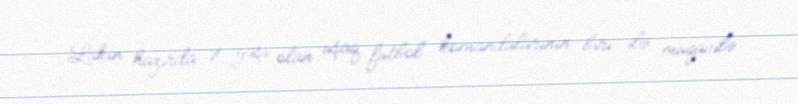
Lakin hazırda 7 yaşı olan uşaq futbol komandalarının biri ilə müqavilə